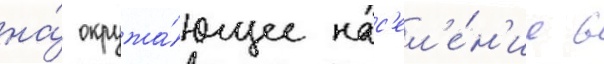
на́ окружа́ющее нас'ел'е́н'ие в